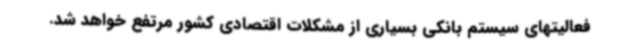
فعالیتهای سیستم بانکی بسیاری از مشکلات اقتصادی کشور مرتفع خواهد شد.